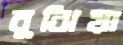
বুঝিয়া